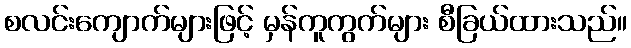
စလင်းကျောက်များဖြင့် မှန်ကူကွက်များ စီခြယ်ထားသည်။